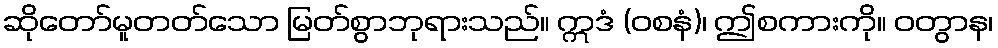
ဆိုတော်မူတတ်သော မြတ်စွာဘုရားသည်။ ဣဒံ (ဝစနံ)၊ ဤစကားကို။ ဝတွာန၊